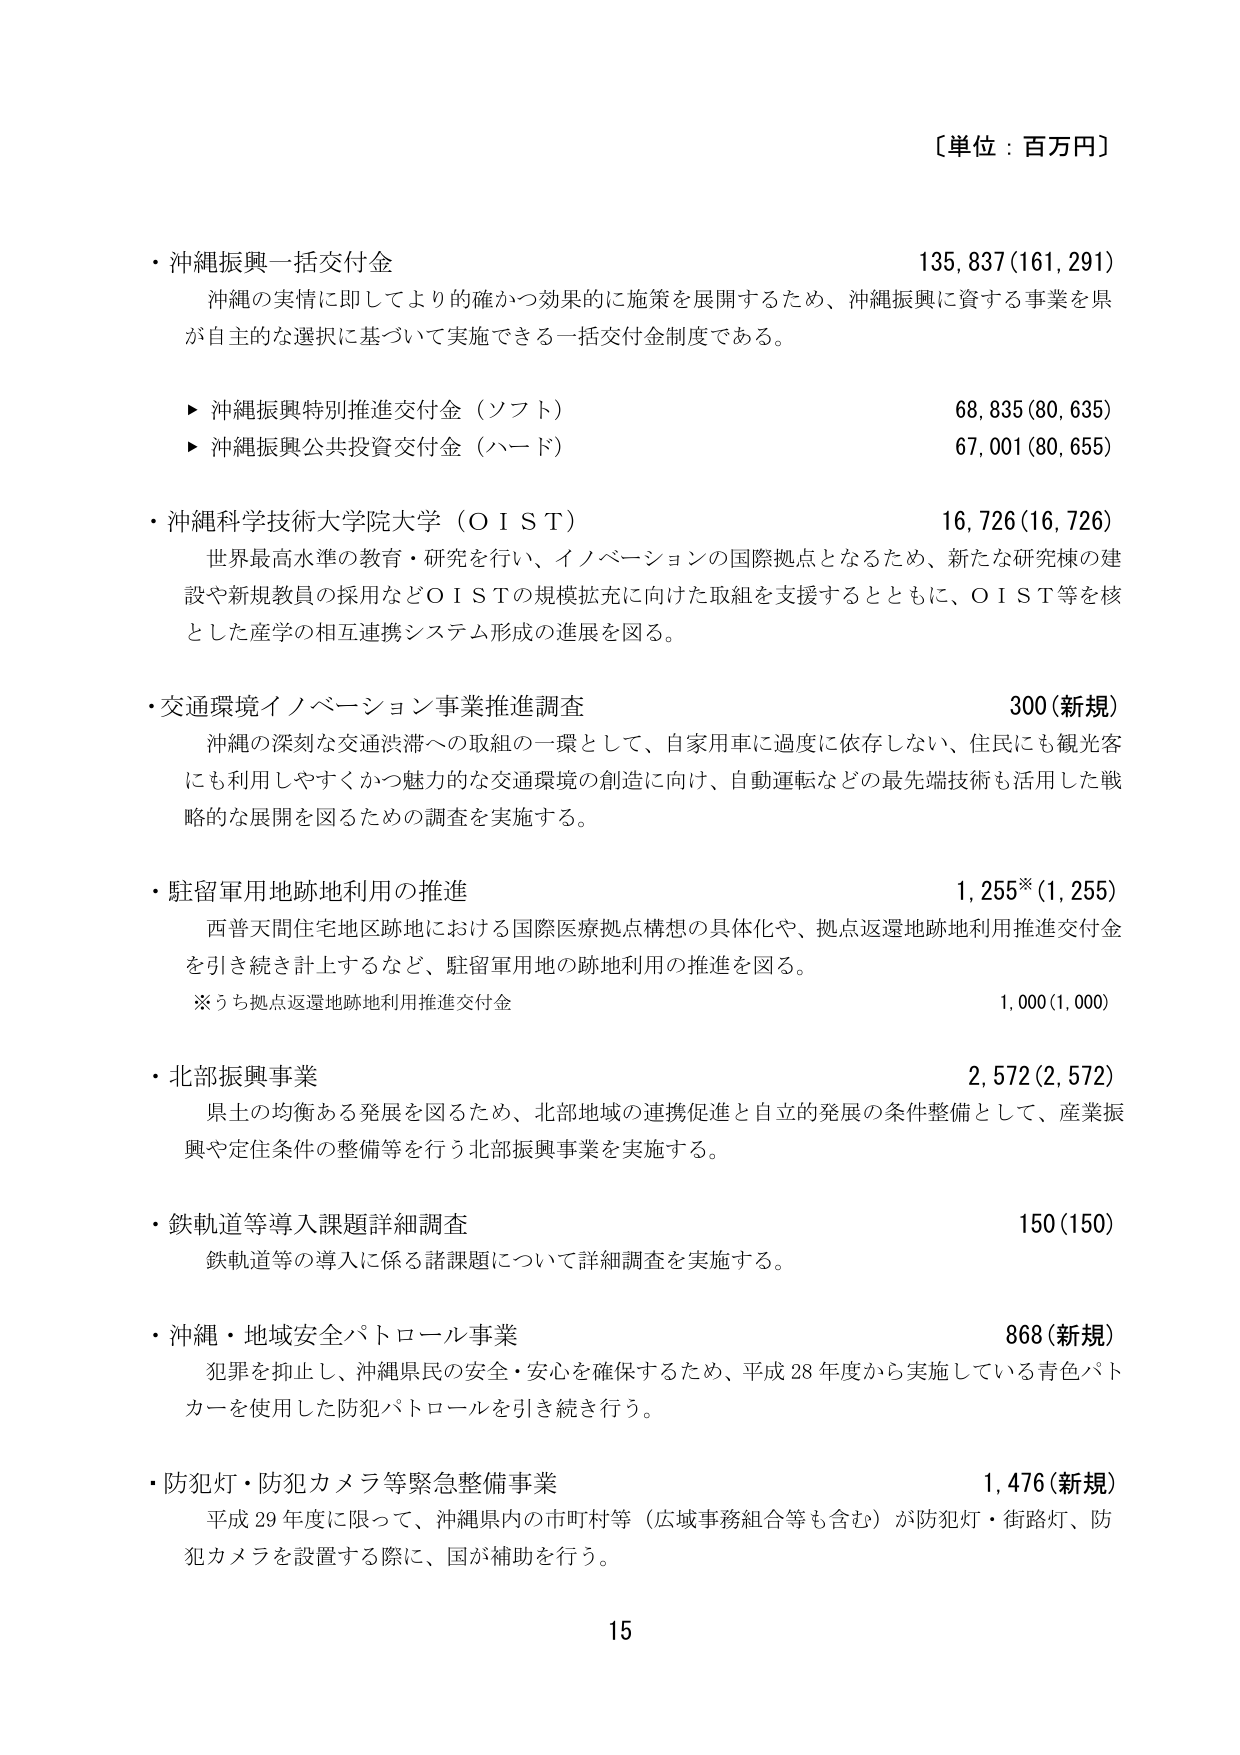
〔単位：百万円〕

・沖縄振興一括交付金　135,837(161,291)
　沖縄の実情に即してより的確かつ効果的に施策を展開するため、沖縄振興に資する事業を県
　が自主的な選択に基づいて実施できる一括交付金制度である。
　▶ 沖縄振興特別推進交付金（ソフト）　68,835(80,635)
　▶ 沖縄振興公共投資交付金（ハード）　67,001(80,655)

・沖縄科学技術大学院大学（ＯＩＳＴ）　16,726(16,726)
　世界最高水準の教育・研究を行い、イノベーションの国際拠点となるため、新たな研究棟の建
　設や新規教員の採用などＯＩＳＴの規模拡充に向けた取組を支援するとともに、ＯＩＳＴ等を核
　とした産学の相互連携システム形成の進展を図る。

・交通環境イノベーション事業推進調査　300(新規)
　沖縄の深刻な交通渋滞への取組の一環として、自家用車に過度に依存しない、住民にも観光客
　にも利用しやすくかつ魅力的な交通環境の創造に向け、自動運転などの最先端技術も活用した戦
　略的な展開を図るための調査を実施する。

・駐留軍用地跡地利用の推進　1,255*(1,255)
　西普天間住宅地区跡地における国際医療拠点構想の具体化や、拠点返還地跡地利用推進交付金
　を引き続き計上するなど、駐留軍用地の跡地利用の推進を図る。
　※うち拠点返還地跡地利用推進交付金　1,000(1,000)

・北部振興事業　2,572(2,572)
　県土の均衡ある発展を図るため、北部地域の連携促進と自立的発展の条件整備として、産業振
　興や定住条件の整備等を行う北部振興事業を実施する。

・鉄軌道等導入課題詳細調査　150(150)
　鉄軌道等の導入に係る諸課題について詳細調査を実施する。

・沖縄・地域安全パトロール事業　868(新規)
　犯罪を抑止し、沖縄県民の安全・安心を確保するため、平成28年度から実施している青色パト
　カーを使用した防犯パトロールを引き続き行う。

・防犯灯・防犯カメラ等緊急整備事業　1,476(新規)
　平成29年度に限って、沖縄県内の市町村等（広域事務組合等も含む）が防犯灯・街路灯、防
　犯カメラを設置する際に、国が補助を行う。

15